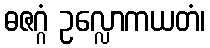
ဓဇဂ္ဂံ ဥလ္လောကယတံ၊